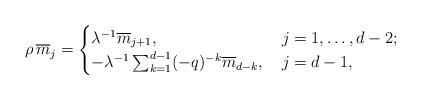
LaTeX: \begin{align*}\rho\, \overline{m}_j=\begin{cases}\lambda^{-1} \overline{m}_{j+1}, & \, j=1,\ldots,d-2; \\- \lambda^{-1} \sum_{k=1}^{d-1} (-q)^{-k} \overline{m}_{d-k},& \, j=d-1,\end{cases} \end{align*}